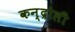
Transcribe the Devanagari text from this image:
कन्द्रोली